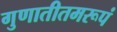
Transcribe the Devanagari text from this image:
गुणातीतमरूपं